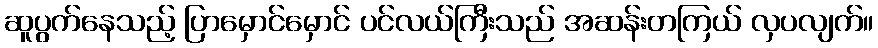
ဆူပွက်နေသည့် ပြာမှောင်မှောင် ပင်လယ်ကြီးသည် အဆန်းတကြယ် လှပလျက်။